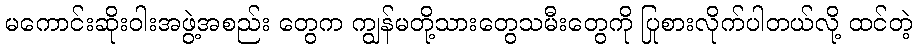
မကောင်းဆိုးဝါးအဖွဲ့အစည်း တွေက ကျွန်မတို့သားတွေသမီးတွေကို ပြုစားလိုက်ပါတယ်လို့ ထင်တဲ့